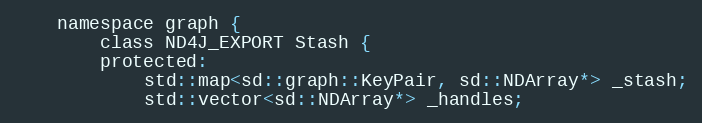
Language: C
    namespace graph {
        class ND4J_EXPORT Stash {
        protected:
            std::map<sd::graph::KeyPair, sd::NDArray*> _stash;
            std::vector<sd::NDArray*> _handles;